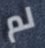
لم